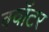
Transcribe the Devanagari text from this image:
क्वॉटर